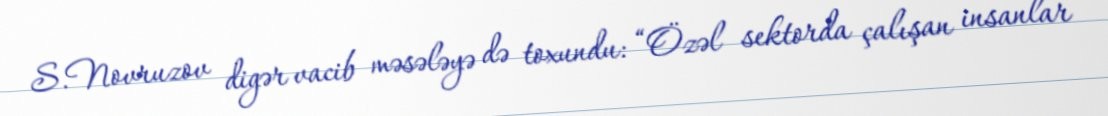
S.Novruzov digər vacib məsələyə də toxundu: “Özəl sektorda çalışan insanlar